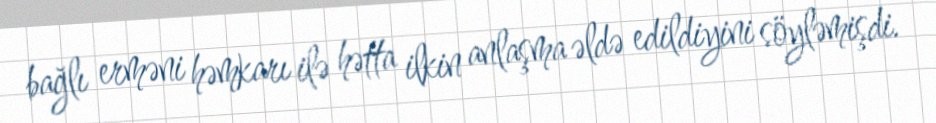
bağlı erməni həmkarı ilə hətta ilkin anlaşma əldə edildiyini söyləmişdi.